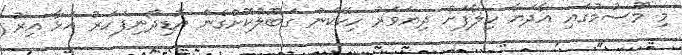
މި މޫސުމުގައި އާދަޔާ ހިލާފަށް ދިޔަވަރު ހިކޭކަން ގަބޫލުކޮށްގެން އޮޑިދޯނިފަހަރު އަޅާ އިރު